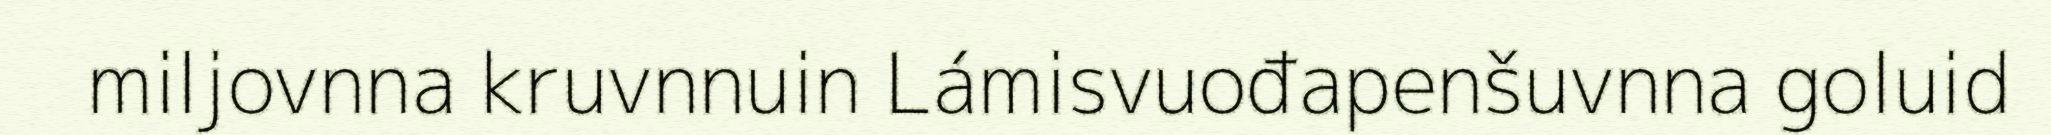
miljovnna kruvnnuin Lámisvuođapenšuvnna goluid